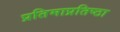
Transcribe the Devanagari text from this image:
प्रतिमाप्रतिष्ठा